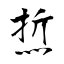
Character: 焎